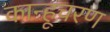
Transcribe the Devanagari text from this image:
कान्हूचरण